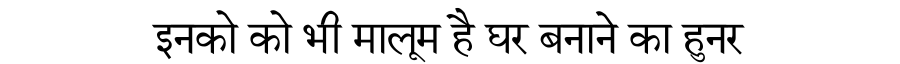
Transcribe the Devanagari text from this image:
इनको को भी मालूम है घर बनाने का हुनर